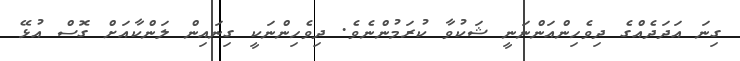
ގިނަ އަދަދެއްގެ ދިވެހިންއަންނަނީ ޝަކުވާ ކުރަމުންނެވެ. ދިވެހިންނަކީ ގިނައިން ލަންކާއަށް ގޮސް އުޅޭ